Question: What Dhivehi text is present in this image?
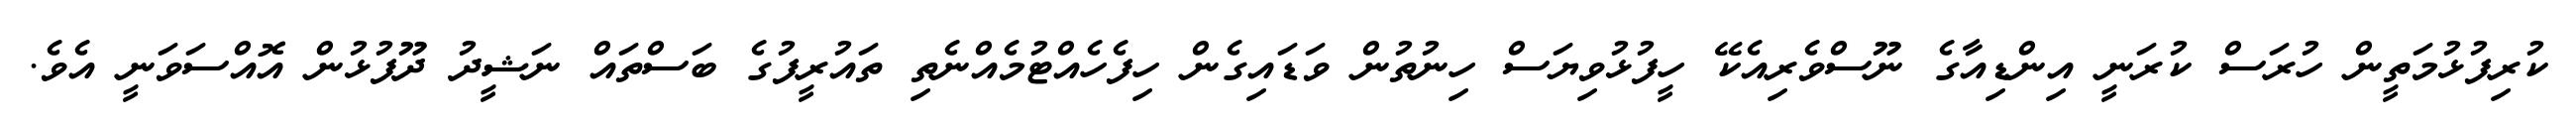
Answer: ކުރިފުޅުމަތީން ހުރަސް ކުރަނީ އިންޑިއާގެ ނޫސްވެރިއެކޭ ހީފުޅުވިޔަސް ހިނުތުން ވަޑައިގެން ހިފެހެއްޓުމެއްނެތި ތައުރީފުގެ ބަސްތައް ނަޝީދު ދޫފުޅުން އޮއްސަވަނީ އެވެ.